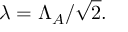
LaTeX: \lambda = \Lambda _ { A } / \sqrt { 2 } .